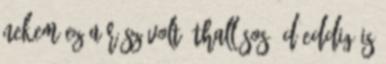
nekem ez a rész volt áthallásos :D Eddig is